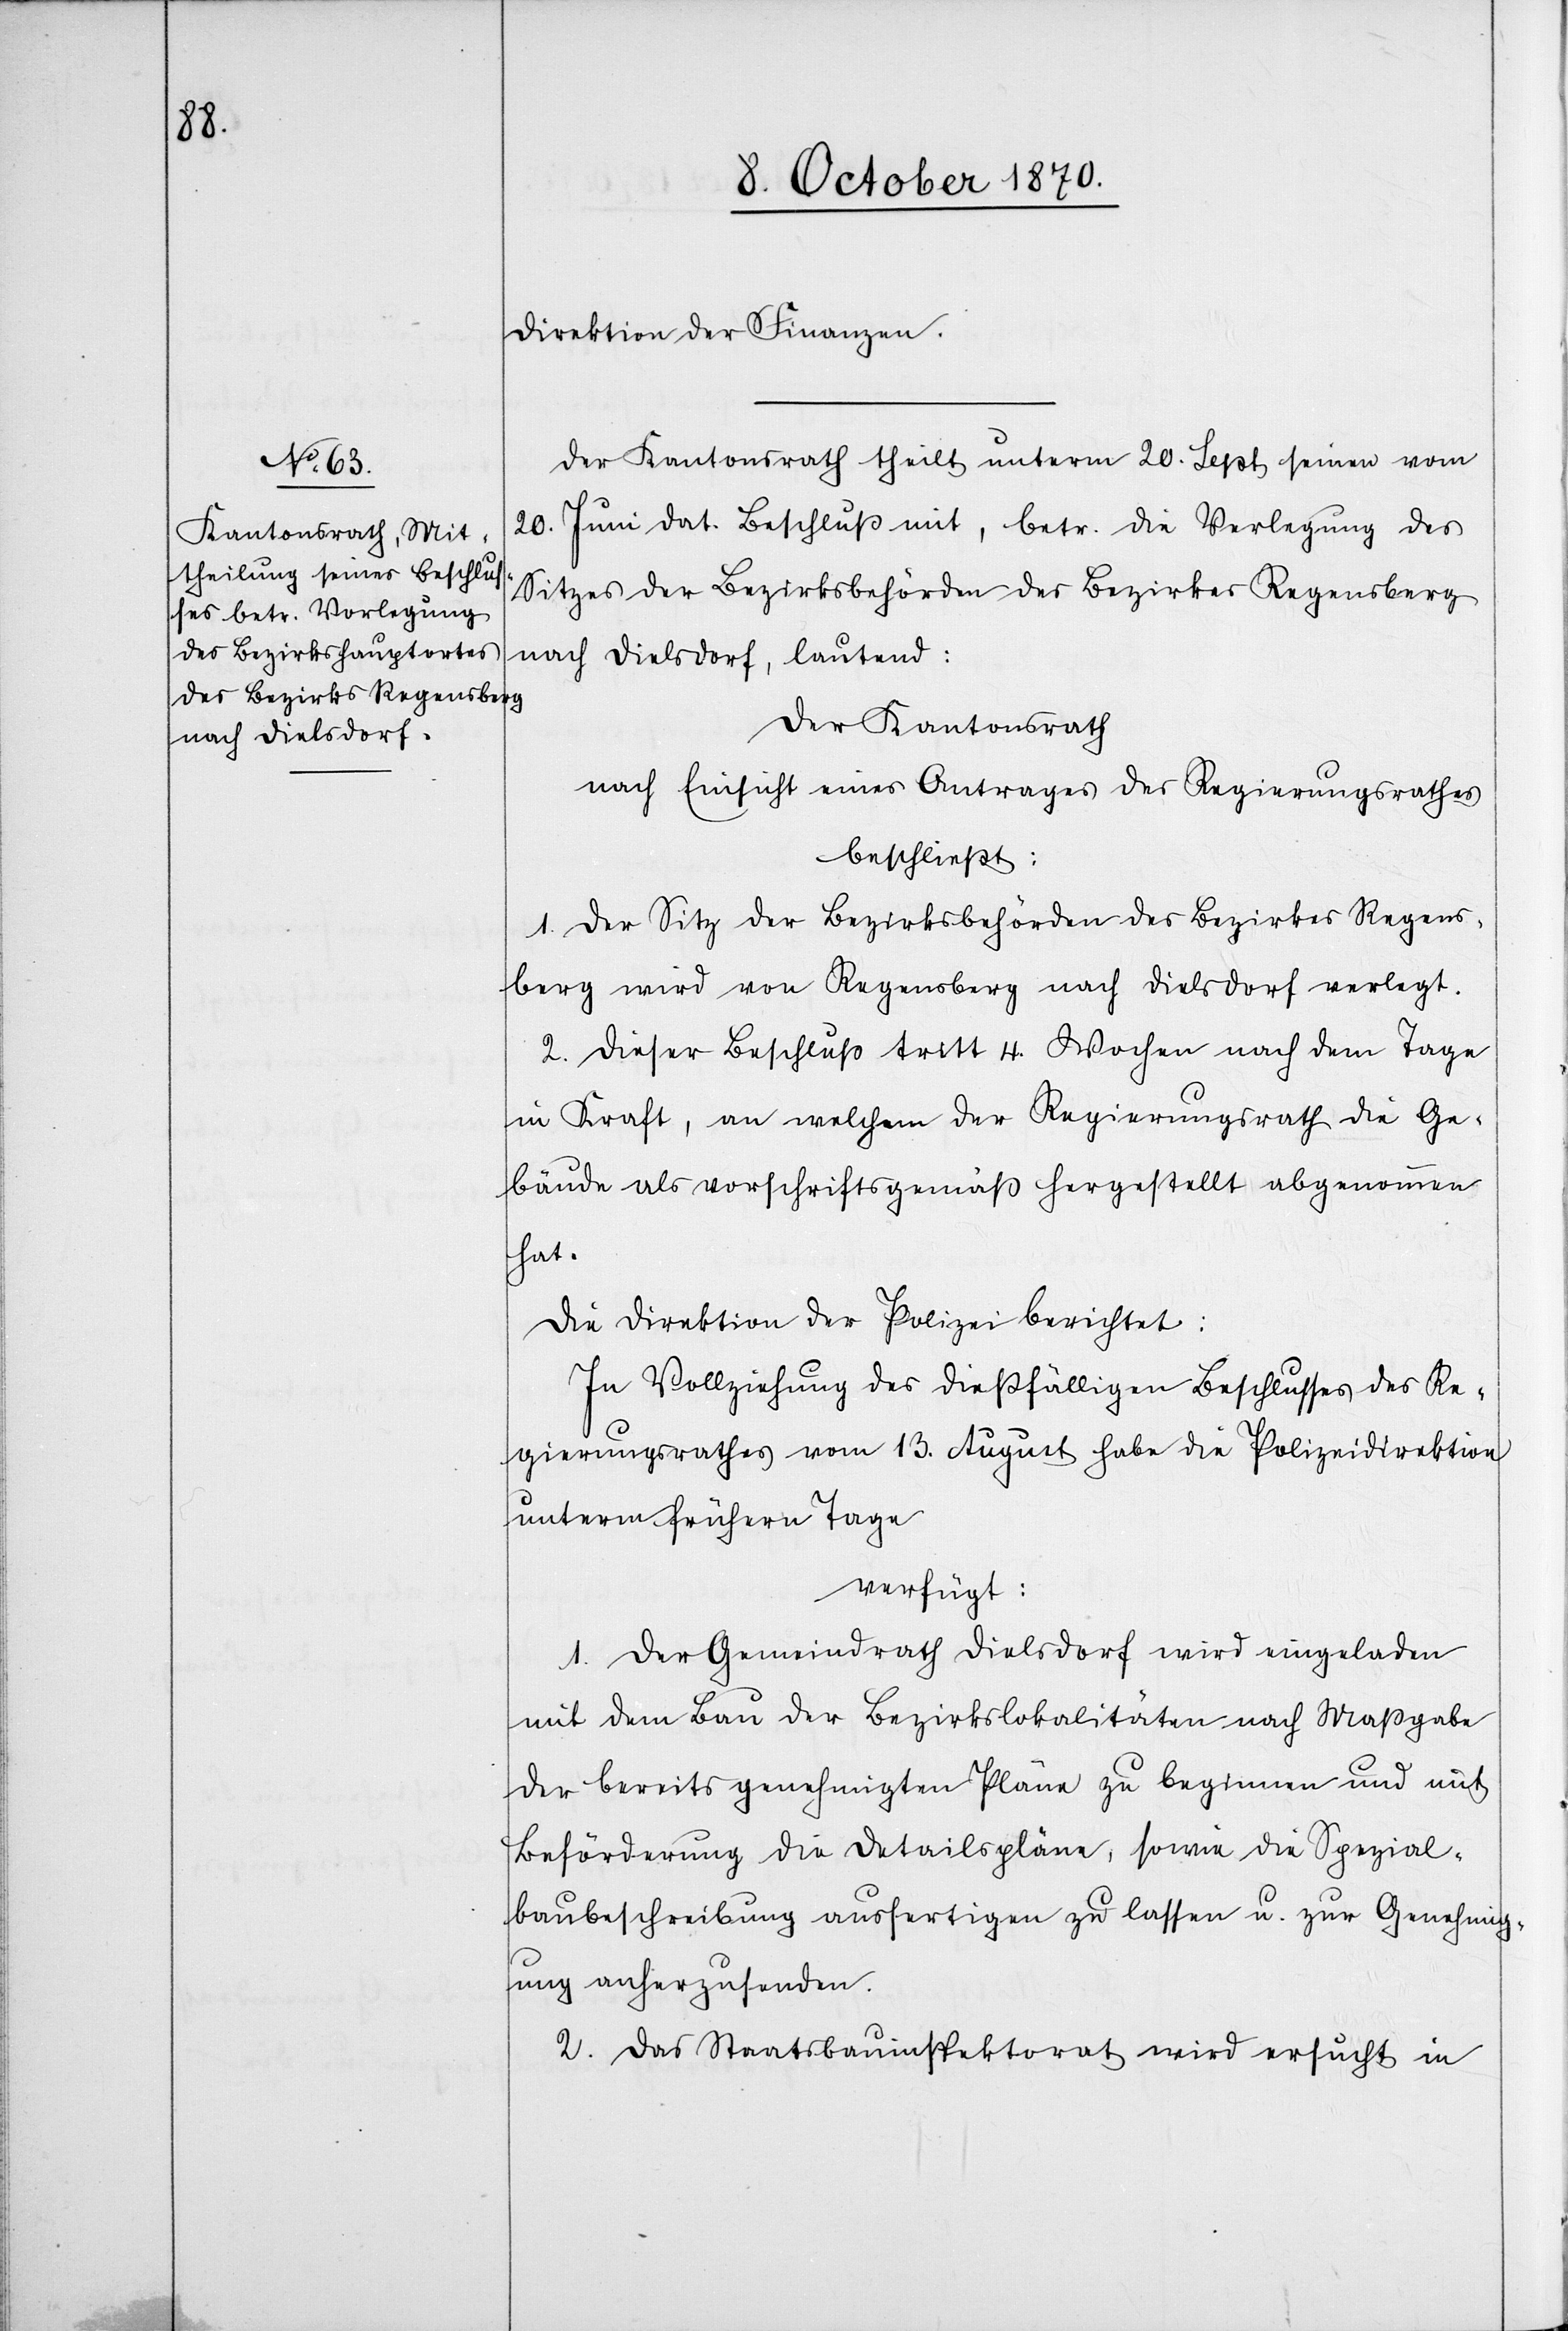
Direktion der Finanzen.
Der Kantonsrath theilt unterm 20. Sept. seinen vom
20. Juni dat. Beschluß mit, betr. die Verlegung des
Sitzes der Bezirksbehörden des Bezirkes Regensberg
nach Dielsdorf, lautend:
Der Kantonsrath
nach Einsicht eines Antrages des Regierungsrathes
beschließt:
1. Der Sitz der Bezirksbehörden des Bezirkes Regens¬
berg wird von Regensberg nach Dielsdorf verlegt.
2. Dieser Beschluß tritt 4. Wochen nach dem Tage
in Kraft, an welchem der Regierungsrath die Ge¬
bäude als vorschriftsgemäß hergestellt abgenommen
hat.
Die Direktion der Polizei berichtet:
In Vollziehung des dießfälligen Beschlusses des Re¬
gierungsrathes vom 13. August habe die Polizeidirektion
unterm frühern Tage
verfügt:
1. Der Gemeindrath Dielsdorf wird eingeladen
mit dem Bau der Bezirkslokalitäten nach Maßgabe
der bereits genehmigten Pläne zu beginnen und mit
Beförderung die Detailspläne, sowie die Spezial¬
baubeschreibung ausfertigen zu lassen u. zur Genehmig¬
ung anherzusenden.
2. Das Staatsbauinspektorat wird ersucht in